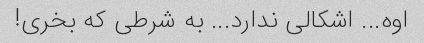
اوه... اشکالی ندارد... به شرطی که بخری!